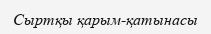
Сыртқы қарым-қатынасы